Vital statistics of India. Vol. IV, Annual returns from 1871 to 1876. British Army of India, Native Army and jails of Bengal
Year: 1871
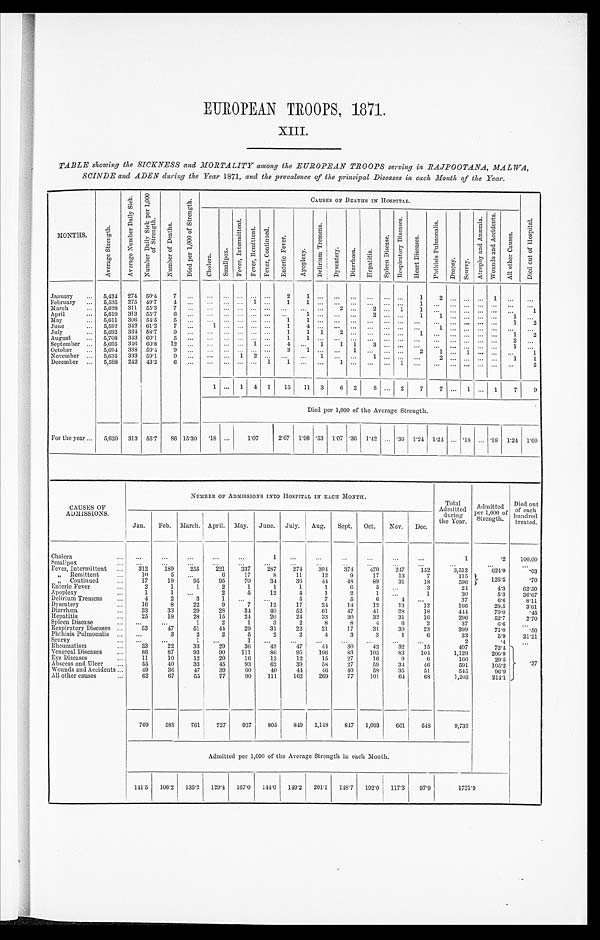
EUROPEAN TROOPS, 1871.
XIII.
TABLE showing the SICKNESS and MORTALITY among the EUROPEAN TROOPS serving in RAJPOOTANA, MALWA,
SCINDE and ADEN during the Year 1871, and the prevalence of the principal Diseases in each Month of lice Year.
MONTHS.
A v e r a g e S t r e n g t h .
A v e r a g e N u m b e r D a i l y S i c k .
N u m b e r D a i l y S i c k p e r 1 , 0 0 0 o f S t r e n g t h .
N u m b e r o f D e a t h s .
D i e d p e r 1 , 0 0 0 o f S t r e n g t h .
CAUSES OE DEATHS IN HOSPITAL.
C A U S E S O F D E A T H S I N H O S P I T A L .
C h o l e r a .
S m a l l p o x .
F e v e r , I n t e r m i t t e n t . F e v e r , R e m i t t e n t .
F e v e r , C o n t i n u e d . E n t e r i c F e v e r .
A p o p l e x y .
D e l i r i u m T r e m e n s .
D y s e n t e r y .
D i a r r h œ a . H e p a t i t i s .
S p l e e n D i s e a s e .
R e s p i r a t o r y D i s e a s e s .
H e a r t D i s e a s e s .
P h t h i s i s P u l m o n a l i s .
D r o p s y .
S c u r v y . A t r o p h y a n d A n æ m i a .
W o u n d s a n d A c c i d e n t s .
A l l o t h e r C a u s e s .
D i e d o u t o f H o s p i t a l .
January ... 5,434 274 50.4 7 ... ... ... ... ... ...
2
1
. . . ...
... ... ... ...
1
2
. . . . . . . . .
1 ...
. . .
February ... 5,535 275 49.7 4 ... ... ... ... 1 ...
1
1
. . . ...
. . . ... . . . . . . 1
. . . . . . ...
. . . ... . . .
. . .
March
... 5,628 311 55.3 7
. . .
. . . ... . . . . . . . . . ...
. . . . . . 2
. . . 2 ... 1
1
. . . . . . . . . . . . ... . . .
1 . . .
April
... 5,619 313 55.'7 6
. . . ... . . . . . . . . . . . .
. 1 . . . . .
. . .
2 . . . . . . 1
1 . . . . . . . . . ... ..1.
. . .
May
... 5,611 306 54.5
5 ...
. . . ... ... . . . ...
1
1 . . . ...
. . .
. . . . . . . . . . . . ... ... ... ... ...
1
2
June
... 5,592 342 61.2 7 ...
1 ... ... ... ...
1
4 . . . ...
. . .
. . . . . . ... ...
1 ... ... ... ... ...
. . .
July
... 5,692 334 58.7 9 ... ... ... . . . . . . . . . 1
1 1
2 ...
. . . ... ...
1
. . . ...
. . . ... ... 1
2
August
... 5,708 343 60.1
5 ... ... ...
. . . . . . . . . 1
1 . . .
. . . . . .
. . . . . . . . .
. . . ...
. . . ...
. . .
... 2
. . .
September ... 5,695 346 60.8 12 ... ... ... ... 1 ...
4 ... 1
1 1
3 . . . . . .
. . . ...
. . . . . . . . . ... 1 ...
October ... 5,694 338 59.4 9 ... ... ... ... . . . . . 3
1
. . .
. . . . 1 . .
. . . . . . . . . 2
1 ...
1 ... ... ...
1
November ... 5,635 333 59.1
9 . . . ... ...
1 2 . . .
. . .
. . . 1
. . . . . .
1 . . . . . .
. . .
2 . . . . . . . . .
... 1
1
December ... 5,598 242 43.2 6
. . . ... ...
. . . . . . 1
1
. . . . . .
1 . . .
. . . . . . 1
. . .
. . . ... ... ... ... ...
2
1 ... 1 4 1 15 11 3
6 2
8 ... 2
7
7 . . .
1
... 1
7
9
Died per 1,000 of the Average Strength.
For the year ... 5,620 313 55.7
8 6 15.30 . 18 ...
1 . 0 7
2.67 1.96 .53 1.07 .36 1.42 ... .36 1.24 1.24 ... .18 ... .18 1.24 1.60
CAUSES OF
ADMISSIONS.
NUMBER OF ADMISSIONS INTO HOSPITAL IN EACH MONTH.
Total
Admitted
during
the Year.
Admitted
per 1,000 of
Strength.
Died out
of each
hundred
treated.
Jan. Feb. March. April. May. June. July. Aug. Sept. Oct. Nov. Dec.
Cholera
...
. . .
...
...
...
. . .
. . .
1 . . .
. . .
. . .
. . .
...
1
.2 100.00
Smallpox
... ...
. . .
...
...
...
...
. . . ...
...
. . .
. . .
. . .
...
. . .
. . .
Fever, Intermittent ...
312
189
255
221
337
287
274
394 374
470
247 152
3,512
624.9
.03
„ Remittent
10
5
. . .
6
17
8
11
12
9
17
13
7
115
1 2 6 . 5
. 7 0
„ Continued
...
17
19
95
95
70
34
36
4 4 48
89
31
18
596
Enteric Fever
2
1
1
2
1
1
1
1
6
5
. . .
3
24
4.3 62.50
Apoplexy
...
1
1 ...
2
5
12
4
1
2
1 ...
1
30
5.3 36.67
Delirium Tremens ...
4
2
3
1
. . . ...
5
7
5
6
4
. . .
37
6.6
8.11
Dysentery
16
8
22
9
7
12
17
24
14
12
13
12
166
29.5
3.61
Diarrhœa . . . 33
33
29
28
34
40
52
61
47
41
28
18
444
79.0
.45
Hepatitis
...
25
18
28
15
24
20
24
33
30
32
31
16
296
52.7
2.70
Spleen Disease
... ...
...
1
2
1
3
2
8
8
4
6
2
37
6.6 ...
Respiratory Diseases ...
53
47
51
44
29
31
22
21
17
31
30
23
399
71.0
.50
Phthisis Pulmoualis ... ...
3
2
2
5
2
2
4
3
3
1
6
33
5.9
21.21
Scurvy
. . . ...
1
. . .
1
. . . ...
...
...
...
...
...
2
.4
. . .
Rheumatism
...
33
22
33
29
36
43
47
44
30
43
32
15
407
72.4 .37
Venereal Diseases
...
86
87
93
90
111
86
95
106
83
105
83
104
1,129
200.9
Eye Diseases
11
10
12
20
16
12
12
15
27
16
9
6
166
29.5
Abscess and Ulcer ...
55
40
33
45
93
62
39
58
27
59
34
46
591
105.2
Wounds and Accidents ...
49
36
47
39
60
40
44
46
40
58
35
51
545
96.9
All other causes
62
67
55
77
90
111
162
269
77
101
64
6 8
1,203
214.1
769
588
761
727
937
805
849 1,148 847 1,093
661
548
9,733
Admitted per 1,000 of the Average Strength in each Month.
141.5 106.2 135.2 129.4 167.0 144.0 149.2 201.1 148.7 192.0 117.3 97.9
1731.9